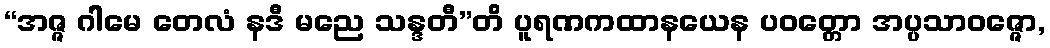
“အဇ္ဇ ဂါမေ တေလံ နဒီ မညေ သန္ဒတီ”တိ ပူရဏကထာနယေန ပဝတ္တော အပ္ပသာဝဇ္ဇော,